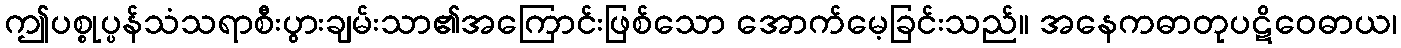
ဤပစ္စုပ္ပန်သံသရာစီးပွားချမ်းသာ၏အကြောင်းဖြစ်သော အောက်မေ့ခြင်းသည်။ အနေကဓာတုပဋိဝေဓာယ၊